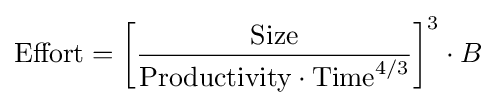
{\text{Effort}}=\left[{\frac {\text{Size}}{{\text{Productivity}}\cdot {\text{Time}}^{4/3}}}\right]^{3}\cdot B